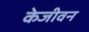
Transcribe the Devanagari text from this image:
केजीवन